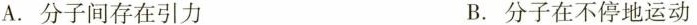
A. 分子间存在引力 B. 分子在不停地运动